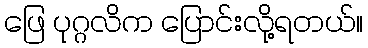
ဖြေ ပုဂ္ဂလိက ပြောင်းလို့ရတယ်။